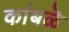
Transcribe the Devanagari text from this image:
कांबळॆ